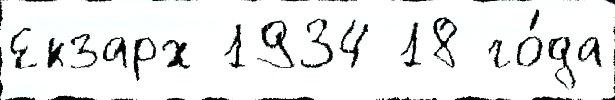
Екзарх 1934 18 го́да